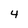
Character: 4